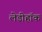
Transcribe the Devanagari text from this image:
लेडीहॉक